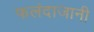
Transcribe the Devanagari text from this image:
फलंदाजानी